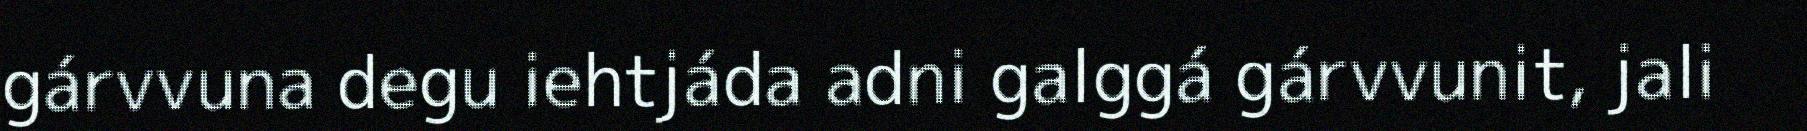
gárvvuna degu iehtjáda adni galggá gárvvunit, jali